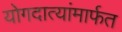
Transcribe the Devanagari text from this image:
योगदात्यांमार्फत